Sanitation, dispensaries and jails vaccination Rajputana 1922-1927 - 1922-1927
Year: 1922
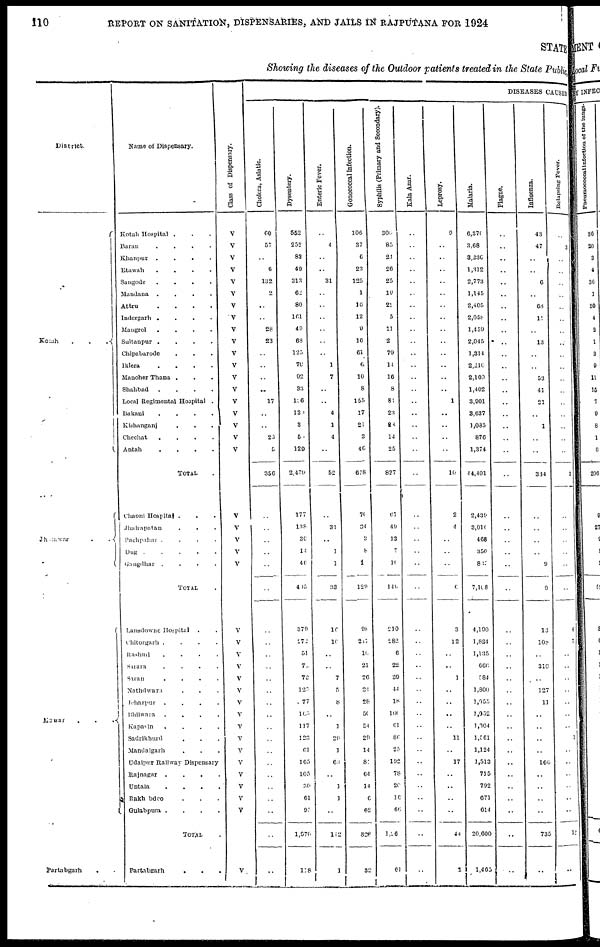
110
REPORT ON SANITATION, DISPENSARIES, AND JAILS IN RAJPUTANA FOR 1924
STATE
Showing the diseases of the Outdoor patients treated in the State Public
District.
Kotah
.
.
.
Jhalawar . .
Mewar . . .
Partabgarh . .
Name of Dispensary.
Kotah Hospital . . .
Baran
.
.
.
.
Khanpur
. . . .
Etawah
.
.
.
.
Sangode . . . .
Mandana . . . .
Attru . . . .
Indergarh . . . .
Mangrol . . . .
Sultanpur
.
.
.
.
Chipabarode . . .
Iklera
.
.
.
.
Manoher Thana . . .
Shahbad
.
.
.
.
Local Regimental Hospital .
Bakani
.
.
.
.
Kishanganj . . .
Chechat
.
.
.
.
Antah
.
.
.
.
TOTAL
Chaoni Hospital . . .
Jhalrapatan . . .
Pachpahar
.
.
.
.
Dug
.
.
.
.
.
Ganagdhar
.
.
.
.
TOTAL .
Lansdowne Hospital . .
Chitorgarh .
.
.
.
Rashmi
.
.
.
.
Sarara
.
.
.
.
Saran
.
.
.
.
Nathdwara . . .
Jehazpur
.
.
.
.
Bhilwara
. . . .
Kapasin
.
.
.
.
Sadrikhurd . . .
Mandalgarh . . .
Udaipur Railway Dispensary .
Rajnagar
. . . .
Untala
. . . .
Rakhabdeo . . .
Gulabpura .
.
.
.
TOTAL .
Partabgarh . . . .
Class of Dispensary.
V
V
V
V
V
V
V
V
V
V
V
V
V
V
V
V
V
V
V
V
V
V
V
V
V
V
V
V
V
V
V
V
V
V
V
V
V
V
V
V
V
DISEASES CAUSED
Cholera, Asiatic.
60
57
..
6
132
2
..
..
28
23
..
..
..
..
17
..
..
25
5
356
..
..
..
..
..
..
..
..
..
..
..
..
..
..
..
..
..
..
..
..
..
..
..
..
Dysentery.
552
252
83
49
313
62
80
161
49
68
125
70
92
33
l36
134
3
5
129
2,479
177
138
36
14
46
405
379
272
51
72
72
125
77
163
117
123
61
105
105
30
61
93
1,976
118
Enteric Fever.
..
4
..
..
31
..
..
..
..
..
..
1
7
..
..
4
1
4
..
52
..
31
..
1
1
33
16
16
..
..
7
5
8
..
1
29
1
63
..
1
1
..
142
1
Gonococcal infection.
106
37
6
23
125
1
16
12
9
16
61
6
10
8
155
17
21
3
46
678
70
34
..
8
1
129
98
217
16
21
26
24
28
56
54
29
14
81
64
14
6
62
828
32
Syphilis (Primary and Secondary).
300
85
24
26
25
19
21
5
11
2
79
14
16
8
81
23
23
14
25
627
67
49
13
7
10
146
210
282
6
22
39
44
18
100
61
86
25
192
78
20
16
66
1,26
61
Kala Azar.
..
..
..
..
..
..
..
..
..
..
..
..
..
..
..
..
..
..
..
..
..
..
..
..
..
..
..
..
..
..
..
..
..
..
..
..
..
..
..
..
..
..
..
..
Leprosy.
9
..
..
..
..
..
..
..
..
..
..
..
..
..
1
..
..
..
..
10
2
4
..
..
..
6
3
12
..
..
1
..
..
..
..
11
..
17
..
..
..
..
44
1
Malaria.
6,370
3,68
3,236
1,312
2,773
1,145
2,405
2,058
1,459
2,045
1,314
2,210
2,109
1,402
3,901
3,637
1,085
876
1,374
44,401
2,439
3,010
468
350
817
7,108
4,190
1,824
1,135
666
584
1,800
1,055
1,052
1,304
1,561
1,124
1,513
715
792
671
614
20,600
1,465
Plague.
..
..
..
..
..
..
..
..
..
..
..
..
..
..
..
..
..
..
..
..
..
..
..
..
..
..
..
..
..
..
..
..
..
..
..
..
..
..
..
..
..
..
..
..
Influenza.
43
47
..
..
6
..
68
11
..
13
..
..
53
41
21
..
1
..
..
334
..
..
..
..
9
9
13
108
..
310
..
127
11
..
..
..
..
166
..
..
..
..
735
..
Relapsing Fever.
..
3
..
..
..
..
..
..
..
..
..
..
..
..
..
..
..
..
..
3
..
..
..
..
..
..
4
7
..
..
..
..
..
..
..
1
..
..
..
..
..
..
12
..